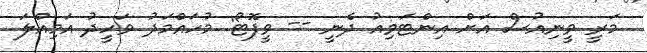
މަރީ ވީނިއުސް އަށް އިންޓަވިއު ދެނީ -- ވީފޮޓޯ: މުހައްމަދު ވަހީދު އަމިއްލަ